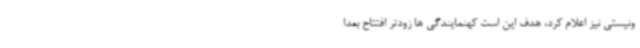
ونیستی نیز اعلام کرد، هدف این است کهنمایندگی ها زودتر افتتاح بعدا